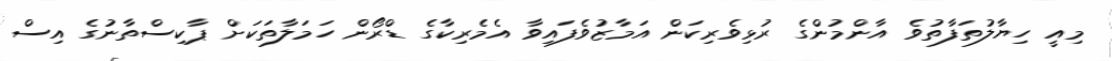
މިއީ ހިޔާލުތަފާތުވެ އާންމުންގެ ރުޅިވެރިކަން އަމާޒުވެފައިވާ އެމެރިކާގެ ޑްރޯން ހަމަލާތަކަށް ޕާކިސްތާނުގެ އިސް